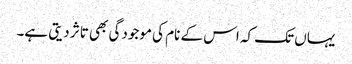
یہاں تک کہ اس کے نام کی موجودگی بھی تاثر دیتی ہے۔